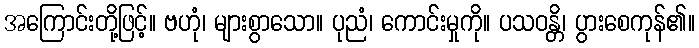
အကြောင်းတို့ဖြင့်။ ဗဟုံ၊ များစွာသော။ ပုညံ၊ ကောင်းမှုကို။ ပသဝန္တိ၊ ပွားစေကုန်၏။